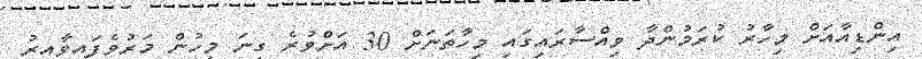
އިންޑިއާއަށް މިހާރު ކުރަމުންދާ ވިއްސާރައިގައި މިހާތަނަށް 30 އަށްވުރެ ގިނަ މީހުން މަރުވެފައިވާއިރު